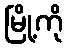
မြို့ကို